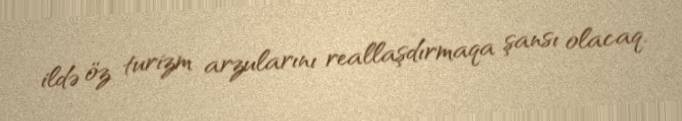
ildə öz turizm arzularını reallaşdırmaqa şansı olacaq.